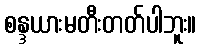
စန္ဒယားမတီးတတ်ပါဘူး။